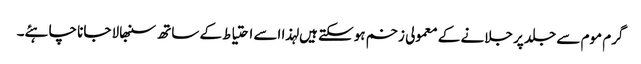
گرم موم سے جلد پر جلانے کے معمولی زخم ہوسکتے ہیں لہذا اسے احتیاط کے ساتھ سنبھالا جانا چاہئے۔